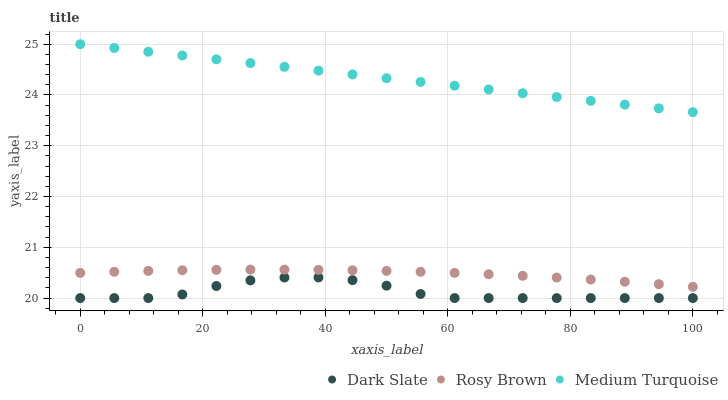
| xaxis_label | Dark Slate | Rosy Brown | Medium Turquoise |
 | --- | --- | --- | --- |
 | 0 | 20 | 20.5 | 25 |
 | 5.56 | 20 | 20.5 | 24.9 |
 | 11.1 | 20 | 20.5 | 24.9 |
 | 16.7 | 20.1 | 20.5 | 24.8 |
 | 22.2 | 20.2 | 20.6 | 24.7 |
 | 27.8 | 20.3 | 20.6 | 24.6 |
 | 33.3 | 20.4 | 20.6 | 24.6 |
 | 38.9 | 20.4 | 20.6 | 24.5 |
 | 44.4 | 20.4 | 20.5 | 24.4 |
 | 50 | 20.2 | 20.5 | 24.3 |
 | 55.6 | 20.1 | 20.5 | 24.3 |
 | 61.1 | 20 | 20.5 | 24.2 |
 | 66.7 | 20 | 20.5 | 24.1 |
 | 72.2 | 20 | 20.4 | 24 |
 | 77.8 | 20 | 20.4 | 24 |
 | 83.3 | 20 | 20.4 | 23.9 |
 | 88.9 | 20 | 20.3 | 23.8 |
 | 94.4 | 20 | 20.3 | 23.7 |
 | 100 | 20 | 20.2 | 23.7 |